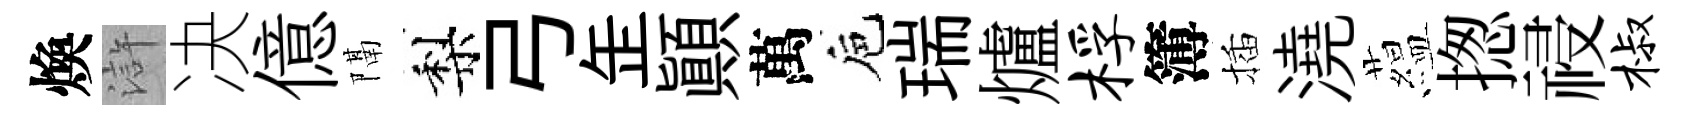
煥滸决億隔梨弓𦈢顚萬巵瑞爐桴簿插澆藴揔祲椒